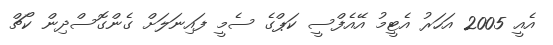
އެއީ 2005 އަހަރު އެޓީމު އޭއެފްސީ ކަޕްގެ ސެމީ ފައިނަލަށް ގެންގޮސްދިން ކޯޗް